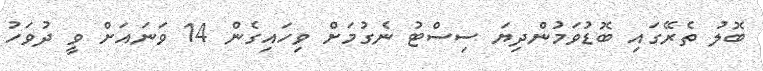
ބޮލު ތެރޭގައި ބޮޑުވަމުންދިޔަ ސިސްޓު ނެގުމަށް ވިހައިގެން 14 ވަނައަށް ވީ ދުވަހު